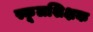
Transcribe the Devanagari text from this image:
स्कूलशिक्षक